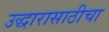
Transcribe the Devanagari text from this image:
उद्धारासाठीचा